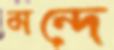
মন্দে